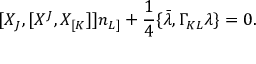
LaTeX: [ X _ { J } , [ X ^ { J } , X _ { [ K } ] ] n _ { L ] } + { \frac { 1 } { 4 } } \{ \bar { \lambda } , \Gamma _ { K L } \lambda \} = 0 .